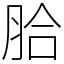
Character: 䏩